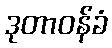
ဒုတာဝန်ခံ